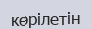
көрілетін